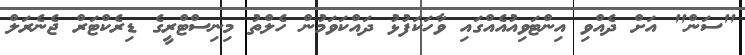
"ސަން" އަށް ދެއްވި އިންޓަވިއުއެއްގައި ވާހަކަފުޅު ދައްކަވަމުން ހެލްތު މިނިސްޓްރީގެ ޑިރެކްޓަރް ޖެނެރަލް